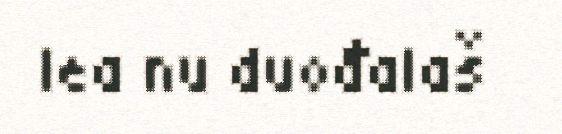
lea nu duođalaš